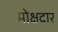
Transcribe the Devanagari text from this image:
मोक्षद्वार